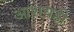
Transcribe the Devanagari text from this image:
आशयही